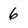
Character: 6